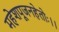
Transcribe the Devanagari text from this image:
महेशपूजनहेतोः।।